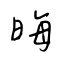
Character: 晦